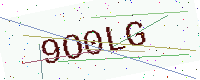
Text: 9O0LG